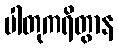
ပါတုကရိတွာန